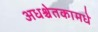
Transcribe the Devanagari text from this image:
अधश्चेतकामधे